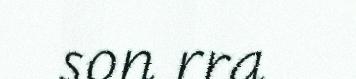
son rra